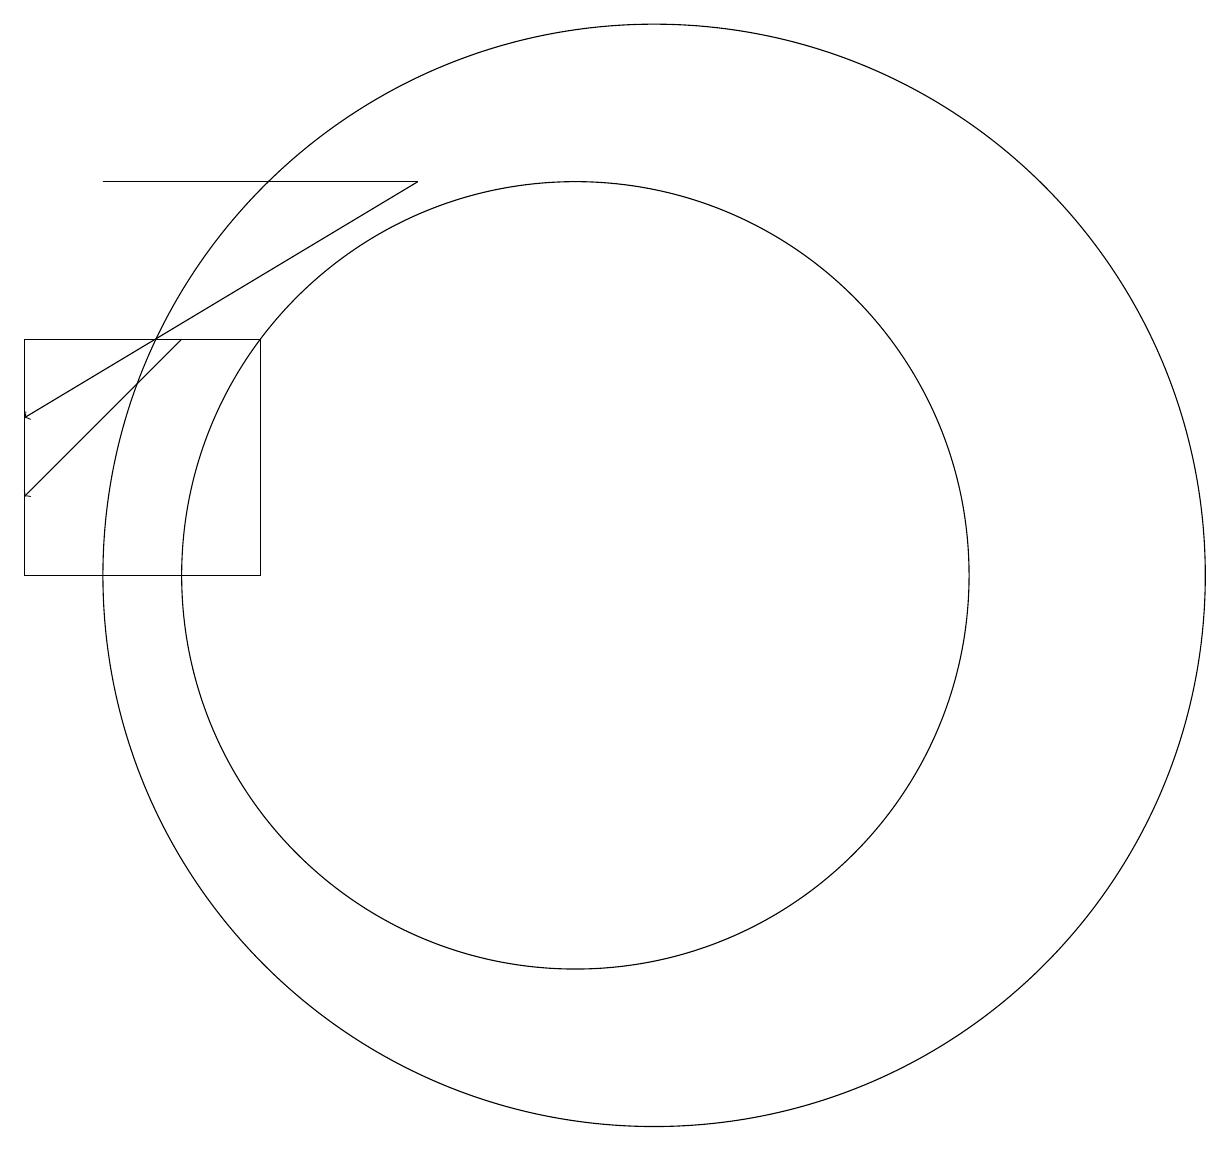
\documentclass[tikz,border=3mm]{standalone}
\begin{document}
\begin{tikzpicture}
\draw (6,14) rectangle (3,11);
\draw[->] (5,14) -- (3,12);
\draw[->] (8,16) -- (3,13);
\draw (11,11) circle (7);
\draw (4,16) rectangle (8,16);
\draw (10,11) circle (5);
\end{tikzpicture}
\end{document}